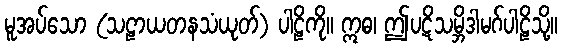
မူအပ်သော (သဠာယတနသံယုတ်) ပါဠိကို။ ဣဓ၊ ဤပဋိသမ္ဘိဒါမဂ်ပါဠိသို့။